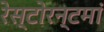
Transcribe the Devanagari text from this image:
रेस्‍टोरन्टमां